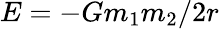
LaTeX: E=-Gm_{1}m_{2}/2r